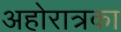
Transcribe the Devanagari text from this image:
अहोरात्रका